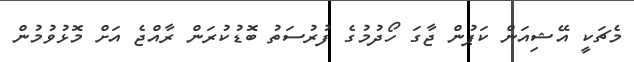
މެޗަކީ އޭޝިއަން ކަޕުން ޖާގަ ހޯދުމުގެ ފުރުސަތު ބޮޑުކުރަން ރާއްޖެ އަށް މޮޅުވުމުން